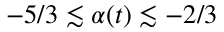
- 5 / 3 \lesssim \alpha ( t ) \lesssim - 2 / 3